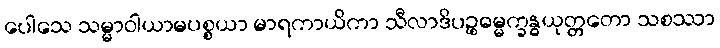
ပေါသေ သမ္မာဝါယာမပစ္စယာ မာရကာယိကာ သီလာဒိပဉ္စဓမ္မက္ခန္ဓယုတ္တတော သစဿာ